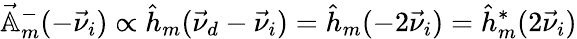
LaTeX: \vec{\mathbb{A}}_{m}^{-}(-\vec{\nu}_{i})\propto\hat{h}_{m}(\vec{\nu}_{d}-\vec{\nu}_{i})=\hat{h}_{m}(-2\vec{\nu}_{i})=\hat{h}_{m}^{*}(2\vec{\nu}_{i})